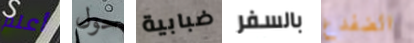
أعلم حول ضبابية بالسفر الضفدع